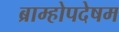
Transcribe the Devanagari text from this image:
ब्राम्होपदेषम